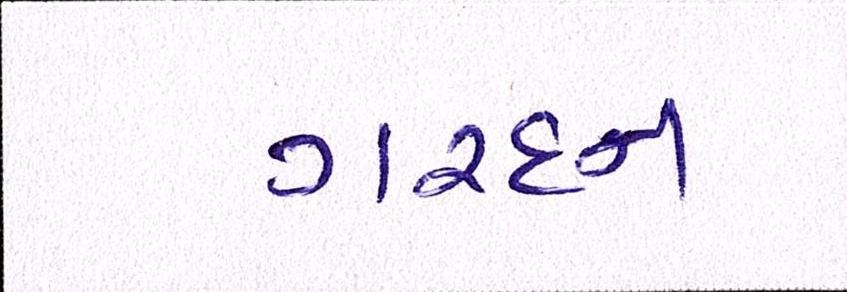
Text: ગરદન